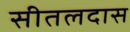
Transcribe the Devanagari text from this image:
सीतलदास